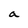
Character: a